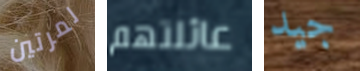
لمرتين عائلتهم جيد